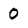
Character: 0